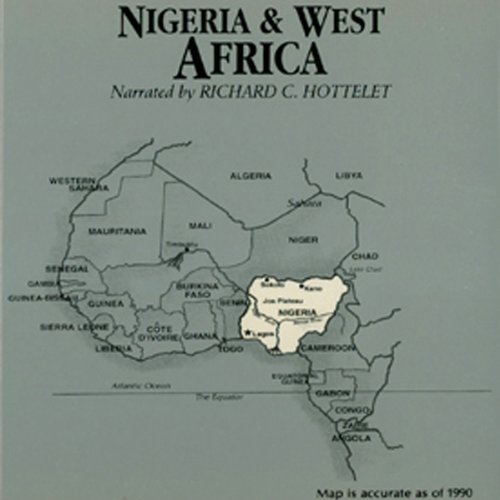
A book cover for Nigeria and West Africa; Wendy McElroy; History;